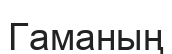
Гаманың